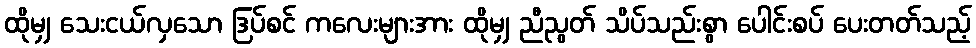
ထိုမျှ သေးငယ်လှသော ဒြပ်စင် ကလေးများအား ထိုမျှ ညီညွတ် သိပ်သည်းစွာ ပေါင်းစပ် ပေးတတ်သည့်